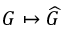
G \mapsto { \widehat { G } }